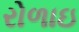
રોળાઇ